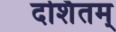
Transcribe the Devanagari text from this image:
दर्शितम्